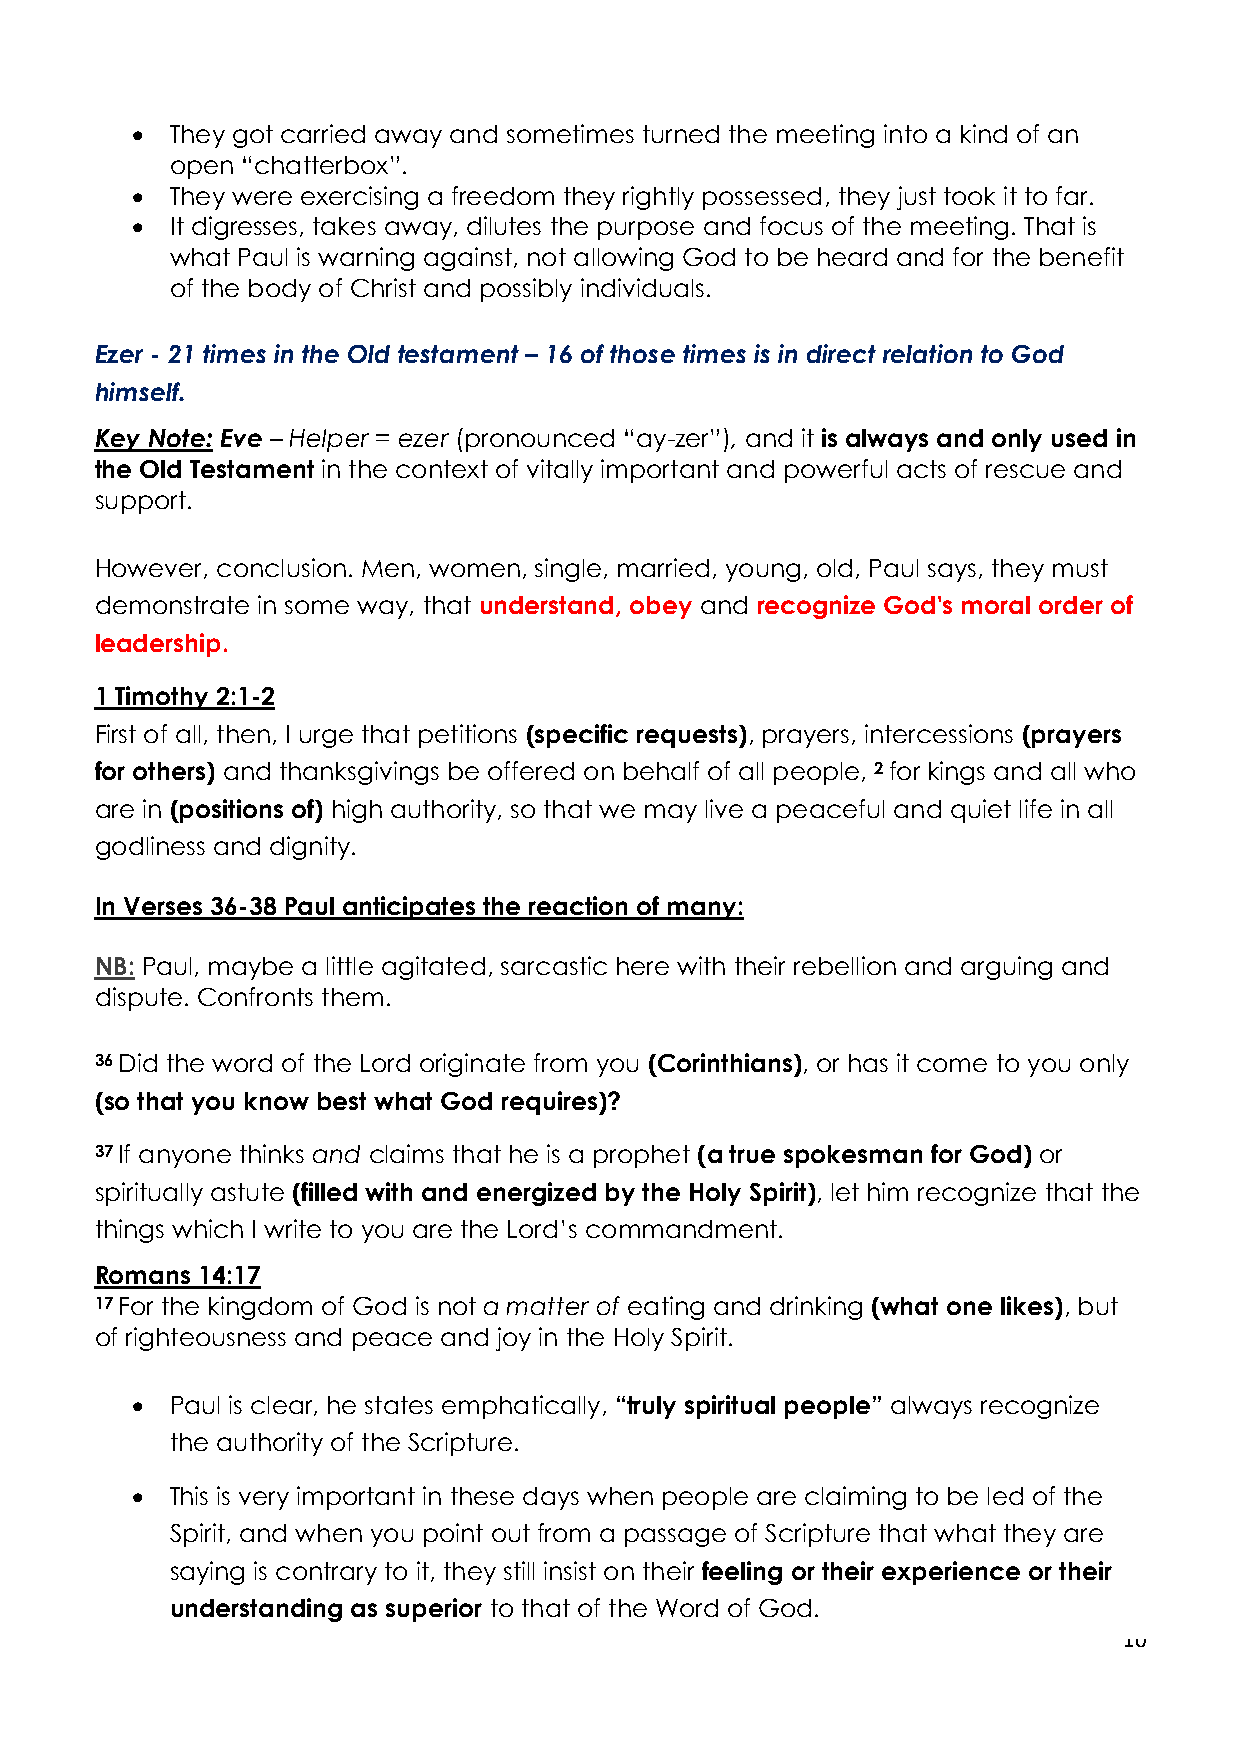
• They got carried away and sometimes turned the meeting into a kind of an
 open “chatterbox”.
 • They were exercising a freedom they rightly possessed, they just took it to far.
 • It digresses, takes away, dilutes the purpose and focus of the meeting. That is
 what Paul is warning against, not allowing God to be heard and for the benefit
 of the body of Christ and possibly individuals.
 Ezer - 21 times in the Old testament – 16 of those times is in direct relation to God
 himself.
 Key Note: Eve – Helper = ezer (pronounced “ay-zer”), and it is always and only used in
 the Old Testament in the context of vitally important and powerful acts of rescue and
 support.
 However, conclusion. Men, women, single, married, young, old, Paul says, they must
 demonstrate in some way, that understand, obey and recognize God's moral order of
 leadership.
 1 Timothy 2:1-2
 First of all, then, I urge that petitions (specific requests), prayers, intercessions (prayers
 for others) and thanksgivings be offered on behalf of all people, 2 for kings and all who
 are in (positions of) high authority, so that we may live a peaceful and quiet life in all
 godliness and dignity.
 In Verses 36-38 Paul anticipates the reaction of many:
 NB: Paul, maybe a little agitated, sarcastic here with their rebellion and arguing and
 dispute. Confronts them.
 36 Did the word of the Lord originate from you (Corinthians), or has it come to you only
 (so that you know best what God requires)?
 37 If anyone thinks and claims that he is a prophet (a true spokesman for God) or
 spiritually astute (filled with and energized by the Holy Spirit), let him recognize that the
 things which I write to you are the Lord’s commandment.
 Romans 14:17
 17 For the kingdom of God is not a matter of eating and drinking (what one likes), but
 of righteousness and peace and joy in the Holy Spirit.
 • Paul is clear, he states emphatically, “truly spiritual people” always recognize
 the authority of the Scripture.
 • This is very important in these days when people are claiming to be led of the
 Spirit, and when you point out from a passage of Scripture that what they are
 saying is contrary to it, they still insist on their feeling or their experience or their
 understanding as superior to that of the Word of God.
 10